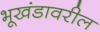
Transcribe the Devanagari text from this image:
भूखंडावरील